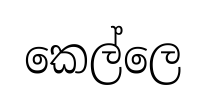
කෙල්ලෙ